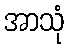
အာသုံ